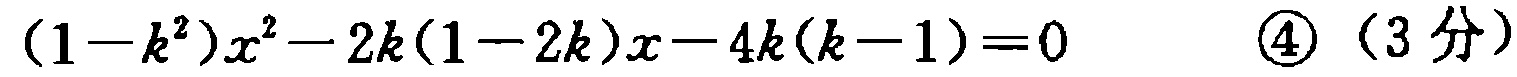
\((1 - k^{2})x^{2}-2k(1 - 2k)x - 4k(k - 1)=0\quad\textcircled{4}\ (3分)\)